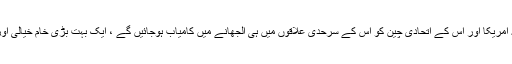
اِس لیے یہ سوچنا کہ امریکا اور اِس کے اتحادی چین کو اُس کے سرحدی علاقوں میں ہی اُلجھانے میں کامیاب ہوجائیں گے ، ایک بہت بڑی خام خیالی اور خوش فہمی ہوگی ۔